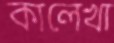
কালেখা